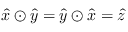
\hat { x } \odot \hat { y } = \hat { y } \odot \hat { x } = \hat { z }